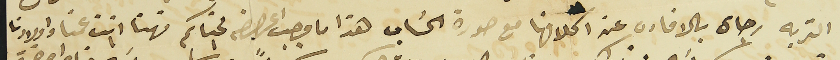
التربه رجاى بالافاده عن اكلافها مع صورة الحسَاب هذا ما وجب اعراضه لجنابكم فهنا انت عمنا واولادنا